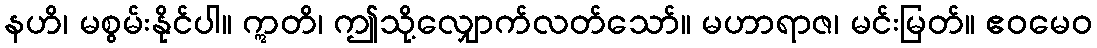
နဟိ၊ မစွမ်းနိုင်ပါ။ ဣတိ၊ ဤသို့လျှောက်လတ်သော်။ မဟာရာဇ၊ မင်းမြတ်။ ဧဝမေဝ